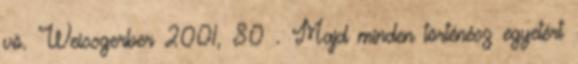
vö. Weissgerber 2001, 80 . Majd minden történész egyetért